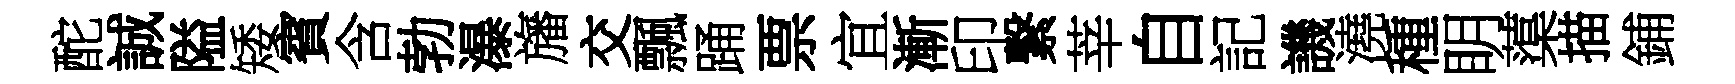
酡誠隘矮賓含勃瀑旛交飄踊票宜漸印繋莘自記譏澆種眀蕖描鋪